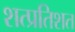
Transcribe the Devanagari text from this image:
शत्प्रतिशत